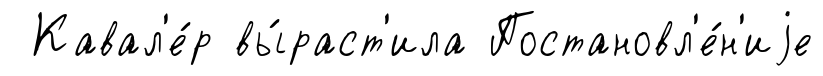
Кавал'е́р вы́раст'ила Постановл'е́н'иjе